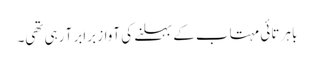
باہر تائی مہتاب کے بہلنے کی آواز برابر آ رہی تھی۔